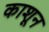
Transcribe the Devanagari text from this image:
काशून